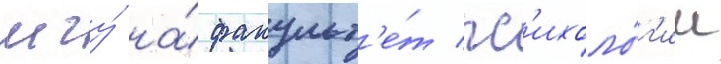
мгу́ на́ факульт'е́т пс'ихоло́г'ии